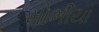
મોભીયા